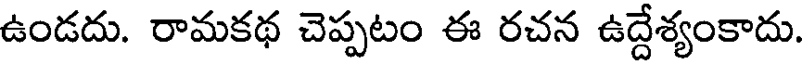
ఉండదు. రామకథ చెప్పటం ఈ రచన ఉద్దేశ్యంకాదు.